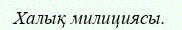
Халық милициясы.